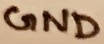
Text: GND